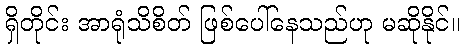
ရှိတိုင်း အာရုံသိစိတ် ဖြစ်ပေါ်နေသည်ဟု မဆိုနိုင်။